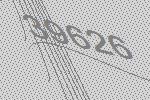
39626